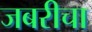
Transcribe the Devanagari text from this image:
जबरीचा